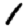
Digit: 1